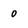
Character: 0